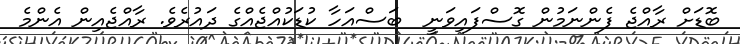
ބޮޑަށް ރާއްޖެ ފެންނަމުން ގޮސްފައިވަނީ  ބަސްއަހާ ކުޑަކުއްޖެއްގެ ދައުރެވެ. ރާއްޖެއިން އެންމެ